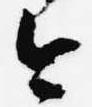
今